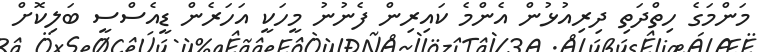
މަންމަގެ ހިތްދަތި ދިރިއުޅުން އެންމެ ކައިރިން ފެނުނު މީހަކީ އަހަރެން ޑީއެސްސީ ބަލިކޮށް